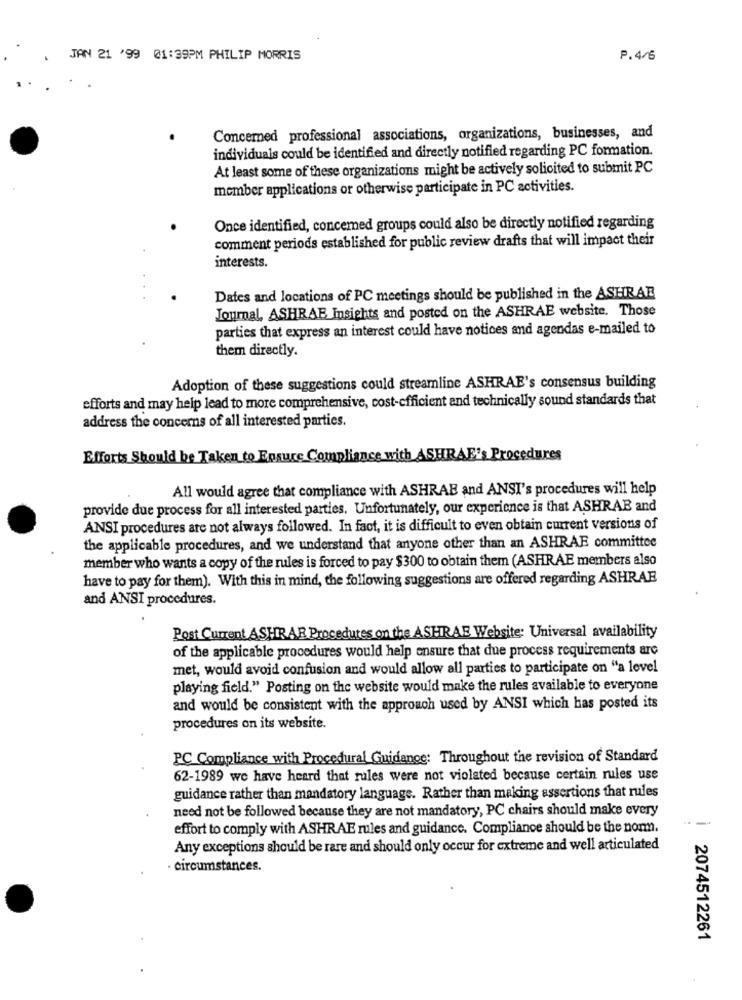
JAN 21 '99 01:39PM PHILIP MORRIS
P.4/6
Concerned professional associations, organizations, businesses, and
individuals could be identified and directly notified regarding PC formation.
At least some of these organizations might be actively solicited to submit PC
member applications or otherwise participate in PC activities.
Once identified, concemed groups could also be directly notified regarding
comment periods established for public review drafts that will impact their
interests.
Dates and locations of PC meetings should be published in the ASHRAE
Journal, ASHRAE Insights and posted on the ASHRAE website. Those
parties that express an interest could have notices and agendas e-mailed to
them directly.
Adoption of these suggestions could streamline ASHRAE's consensus building
efforts and may help lead to more comprehensive, cost-efficient and technically sound standards that
address the concerns of all interested parties.
Efforts Should be Taken to Ensure Compliance
with ASHRAE's Procedures
All would agree that compliance with ASHRAE and ANSI's procedures will help
provide due process for all interested parties. Unfortunately, our experience is that ASHRAE and
ANSI procedures are not always followed. In fact, it is difficult to even obtain current versions of
the applicable procedures, and we understand that anyone other than an ASHRAE committee
member who wants a copy of the rules is forced to pay $300 to obtain them (ASHRAE members also
have to pay for them). With this in mind, the following suggestions are offered regarding ASHRAE
and ANSI procedures.
Post Current ASHR AR Procedures on the ASHRAE Website: Universal availability
of the applicable procedures would help ensure that due process requirements are
met, would avoid confusion and would allow all parties to participate on "a level
playing field." Posting on the website would make the rules available to everyone
and would be consistent with the approach used by ANSI which has posted its
procedures on its website.
PC Compliance with Procedural Guidance: Throughout the revision of Standard
62-1989 we have heard that rules were not violated because certain rules use
guidance rather than mandatory language. Rather than making assertions that rules
need not be followed because they are not mandatory, PC chairs should make every
--
effort to comply with ASHRAE rules and guidance. Compliance should be the nom.
Any exceptions should be rare and should only occur for extreme and well articulated
· Circumstances.
2074512261